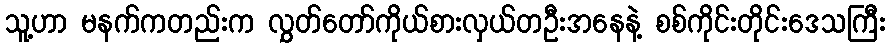
သူ့ဟာ မနက်ကတည်းက လွှတ်တော်ကိုယ်စားလှယ်တဦးအနေနဲ့ စစ်ကိုင်းတိုင်းဒေသကြီး